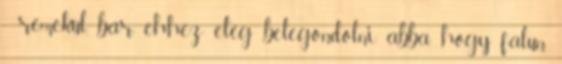
- remekül, bár ehhez elég belegondolni abba, hogy falun